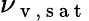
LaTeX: \nu_{\mathrm{~v~,~s~a~t~}}